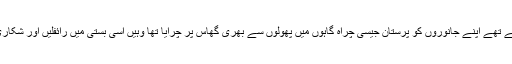
جس بستی نے پتھروں پر برف کے بیج بوئے تھے اپنے جانوروں کو پرستان جیسی چراہ گاہوں میں پھولوں سے بھری گھاس پر چرایا تھا وہیں اسی بستی میں رائفلیں اور شکاری بندوقیں دیواروں پر آویزاں نظر آنے لگیں۔